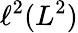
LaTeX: \ell^{2}(L^{2})